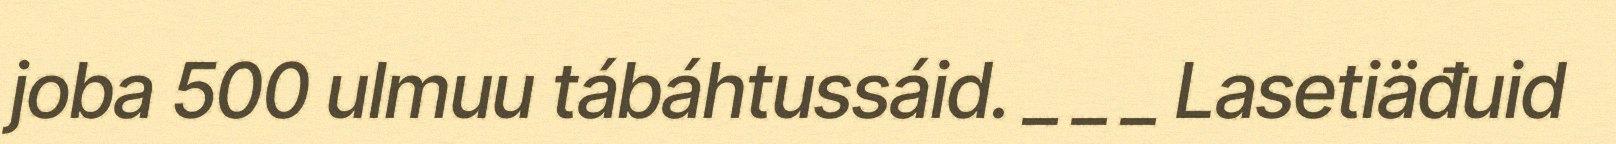
joba 500 ulmuu tábáhtussáid. _ _ _ Lasetiäđuid